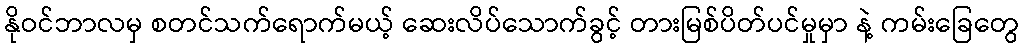
နိုဝင်ဘာလမှ စတင်သက်ရောက်မယ့် ဆေးလိပ်သောက်ခွင့် တားမြစ်ပိတ်ပင်မှုမှာ နဲ့ ကမ်းခြေတွေ